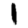
Digit: 1